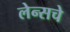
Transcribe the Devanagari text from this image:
लेन्सचे